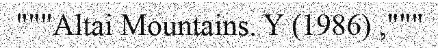
"""Altai Mountains. Y (1986) ,"""